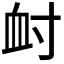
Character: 𡬪